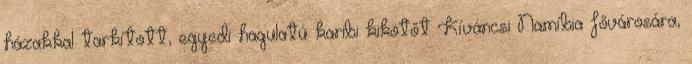
házakkal tarkított, egyedi hagulatú karibi kikötőt Kíváncsi Namíbia fővárosára,